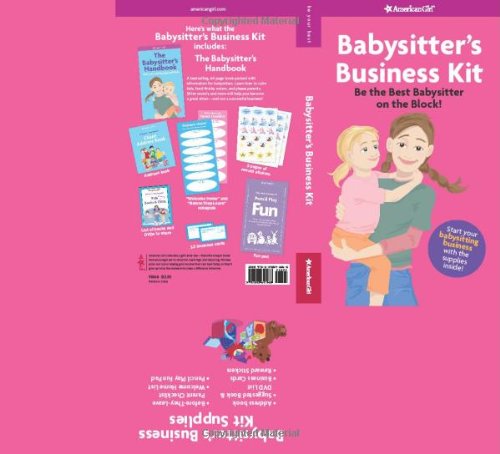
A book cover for Babysitter's Business Kit (American Girl) (American Girl (Quality)); Harriet Brown; Children's Books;